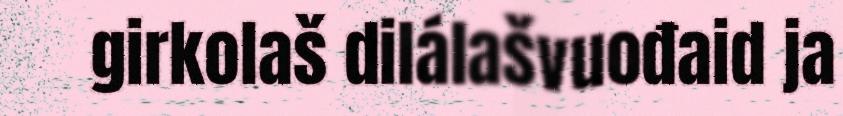
girkolaš dilálašvuođaid ja